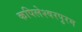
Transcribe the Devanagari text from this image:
कपिलेश्वरपुरम